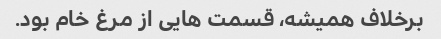
برخلاف همیشه، قسمت هایی از مرغ خام بود.